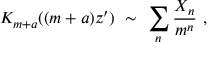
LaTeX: K _ { m + a } ( ( m + a ) z ^ { \prime } ) \ \sim \ \sum _ { n } \frac { X _ { n } } { m ^ { n } } \ ,